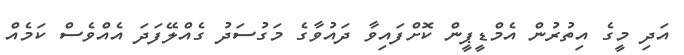
އަދި މީގެ އިތުރުން އެމްޑީޕީން ކޮށްފައިވާ ދައުވާގެ މަގުސަދު ގެއްލޭފަދަ އެއްވެސް ކަމެއް